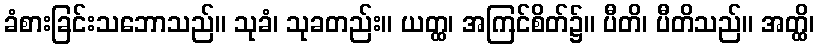
ခံစားခြင်းသဘောသည်။ သုခံ၊ သုခတည်း။ ယတ္ထ၊ အကြင်စိတ်၌။ ပီတိ၊ ပီတိသည်။ အတ္ထိ၊